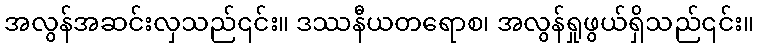
အလွန်အဆင်းလှသည်၎င်း။ ဒဿနီယတရောစ၊ အလွန်ရှုဖွယ်ရှိသည်၎င်း။